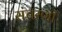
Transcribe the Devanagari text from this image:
संचरणी